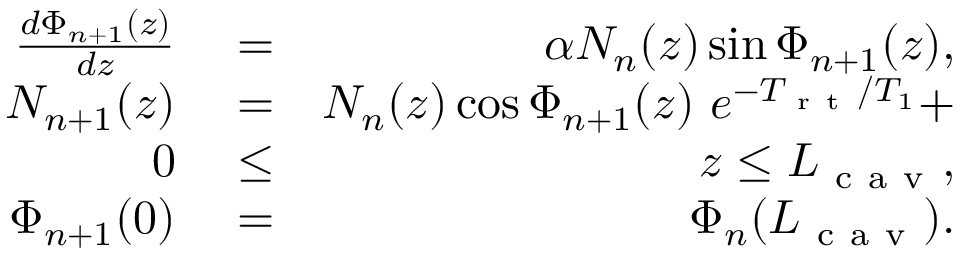
\begin{array} { r l r } { \frac { d \Phi _ { n + 1 } ( z ) } { d z } } & { { } = } & { \alpha N _ { n } ( z ) \sin \Phi _ { n + 1 } ( z ) , } \\ { N _ { n + 1 } ( z ) } & { { } = } & { N _ { n } ( z ) \cos \Phi _ { n + 1 } ( z ) \ e ^ { - T _ { \mathrm { ~ r ~ t ~ } } / T _ { 1 } } + } \\ { 0 } & { { } \le } & { z \le L _ { \mathrm { ~ c ~ a ~ v ~ } } , } \\ { \Phi _ { n + 1 } ( 0 ) } & { { } = } & { \Phi _ { n } ( L _ { \mathrm { ~ c ~ a ~ v ~ } } ) . } \end{array}